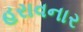
હરાવનાર